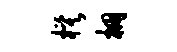
模棚